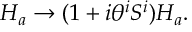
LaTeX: H _ { a } \to ( 1 + i \theta ^ { i } S ^ { i } ) H _ { a } .